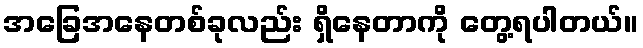
အခြေအနေတစ်ခုလည်း ရှိနေတာကို တွေ့ရပါတယ်။